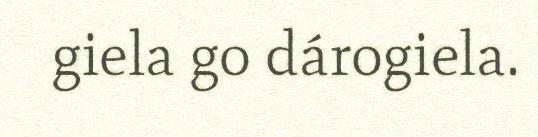
giela go dárogiela.